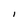
Character: I